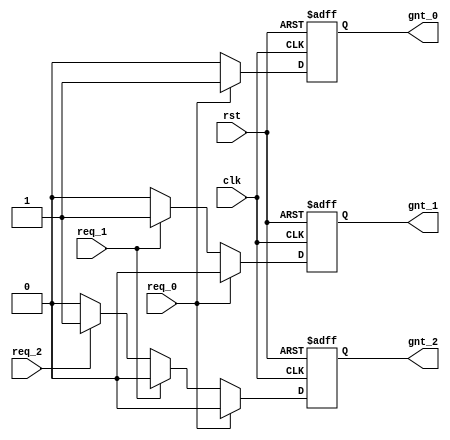
// A three level Priority Arbiter with asynchronous reset (using if-then-else statements).

module priority_arbiter_behavioral(
    input       clk,          // Clock  
    input       rst,          // Reset
    input       req_0,        // Request 0
    input       req_1,        // Request 1
    input       req_2,        // Request 2
    output reg  gnt_0,        // Grant 0
    output reg  gnt_1,        // Grant 1
    output reg  gnt_2         // Grant 2
);

    // ALWAYS BLOCK with NON-BLOCKING PROCEDURAL ASSIGNMENT STATEMENT
    always @ (posedge clk or posedge rst) begin
        if (rst) begin
            gnt_0 <= 0;
            gnt_1 <= 0;
            gnt_2 <= 0;
        end else if (req_0) begin
            gnt_0 <= 1;
            gnt_1 <= 0;
            gnt_2 <= 0;
        end else if (req_1) begin
            gnt_0 <= 0;
            gnt_1 <= 1;
            gnt_2 <= 0;
        end else if (req_2) begin
            gnt_0 <= 0;
            gnt_1 <= 0;
            gnt_2 <= 1;
        end else begin
            gnt_0 <= 0;
            gnt_1 <= 0;
            gnt_2 <= 0;
        end
    end

endmodule